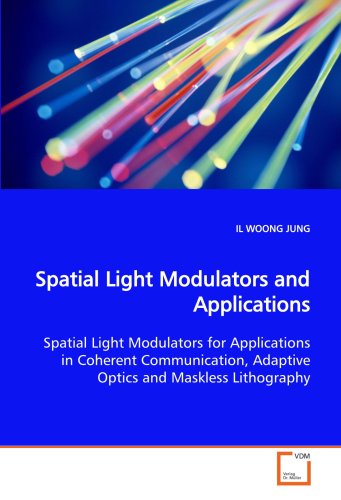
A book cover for Spatial Light Modulators and Applications: Spatial Light Modulators for Applications in Coherent Communication, Adaptive Optics and Maskless Lithography; IL WOONG JUNG; Arts & Photography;